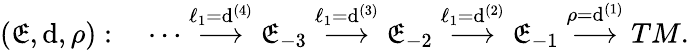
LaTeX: (\mathfrak{E},\mathrm{{d}},\rho):\quad\cdots\stackrel{\ell_{1}=\mathrm{{d}}^{(4)}}\longrightarrow\mathfrak{E}_{-3}\stackrel{\ell_{1}=\mathrm{{d}}^{(3)}}{\longrightarrow}\mathfrak{E}_{-2}\stackrel{\ell_{1}=\mathrm{{d}}^{(2)}}{\longrightarrow}\mathfrak{E}_{-1}\stackrel{\rho=\mathrm{{d}}^{(1)}}{\longrightarrow}TM.